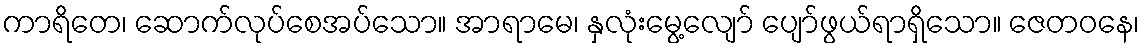
ကာရိတေ၊ ဆောက်လုပ်စေအပ်သော။ အာရာမေ၊ နှလုံးမွေ့လျော် ပျော်ဖွယ်ရာရှိသော။ ဇေတဝနေ၊